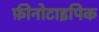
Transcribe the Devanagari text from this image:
फ़ीनोटाइपिक